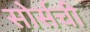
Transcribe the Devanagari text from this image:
सोर्सची